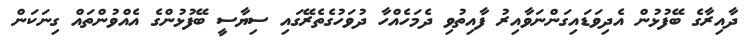
ދާއިރާގެ ބޭފުޅުން އެދިވަޑައިގަންނަވާއިރު ފާއިތުވި ދެމަހެއްހާ ދުވަހުގެތެރޭގައި ސިޔާސީ ބޭފުޅުންގެ އެއްވުންތައް ގިނަކަން